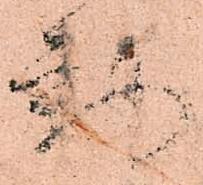
動